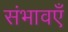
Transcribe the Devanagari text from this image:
संभावएँ